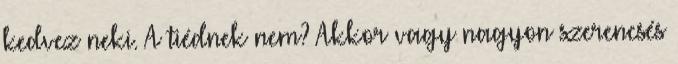
kedvez neki. A tiédnek nem? Akkor vagy nagyon szerencsés